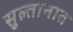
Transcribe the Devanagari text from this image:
सुल्तानात